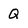
Character: Q